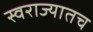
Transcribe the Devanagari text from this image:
स्वराज्यातच